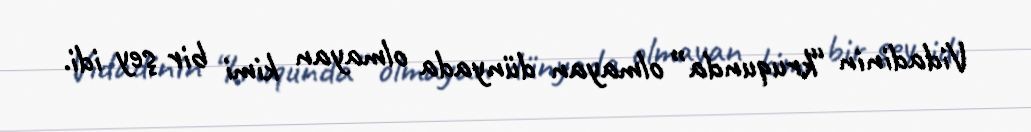
Vidadinin “kruqunda” olmayan dünyada olmayan kimi bir şey idi.